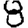
Digit: 8